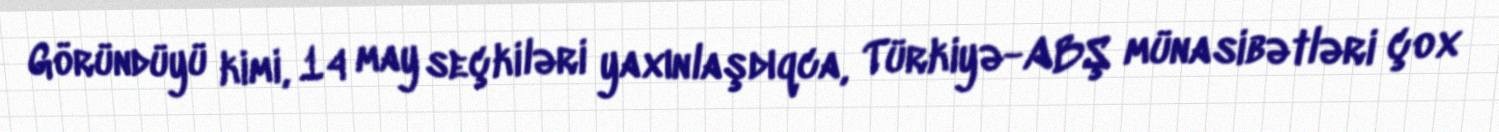
Göründüyü kimi, 14 may seçkiləri yaxınlaşdıqca, Türkiyə-ABŞ münasibətləri çox